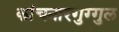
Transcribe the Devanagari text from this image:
कांचनारगुग्गुल